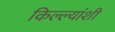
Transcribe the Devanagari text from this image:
किल्ल्यांशी